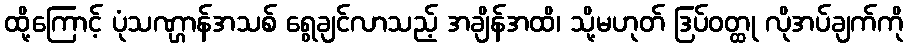
ထို့ကြောင့် ပုံသဏ္ဌာန်အသစ် ရွေချင်လာသည့် အချိန်အထိ၊ သို့မဟုတ် ဒြပ်ဝတ္ထု လိုအပ်ချက်ကို